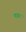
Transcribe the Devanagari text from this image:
णवर